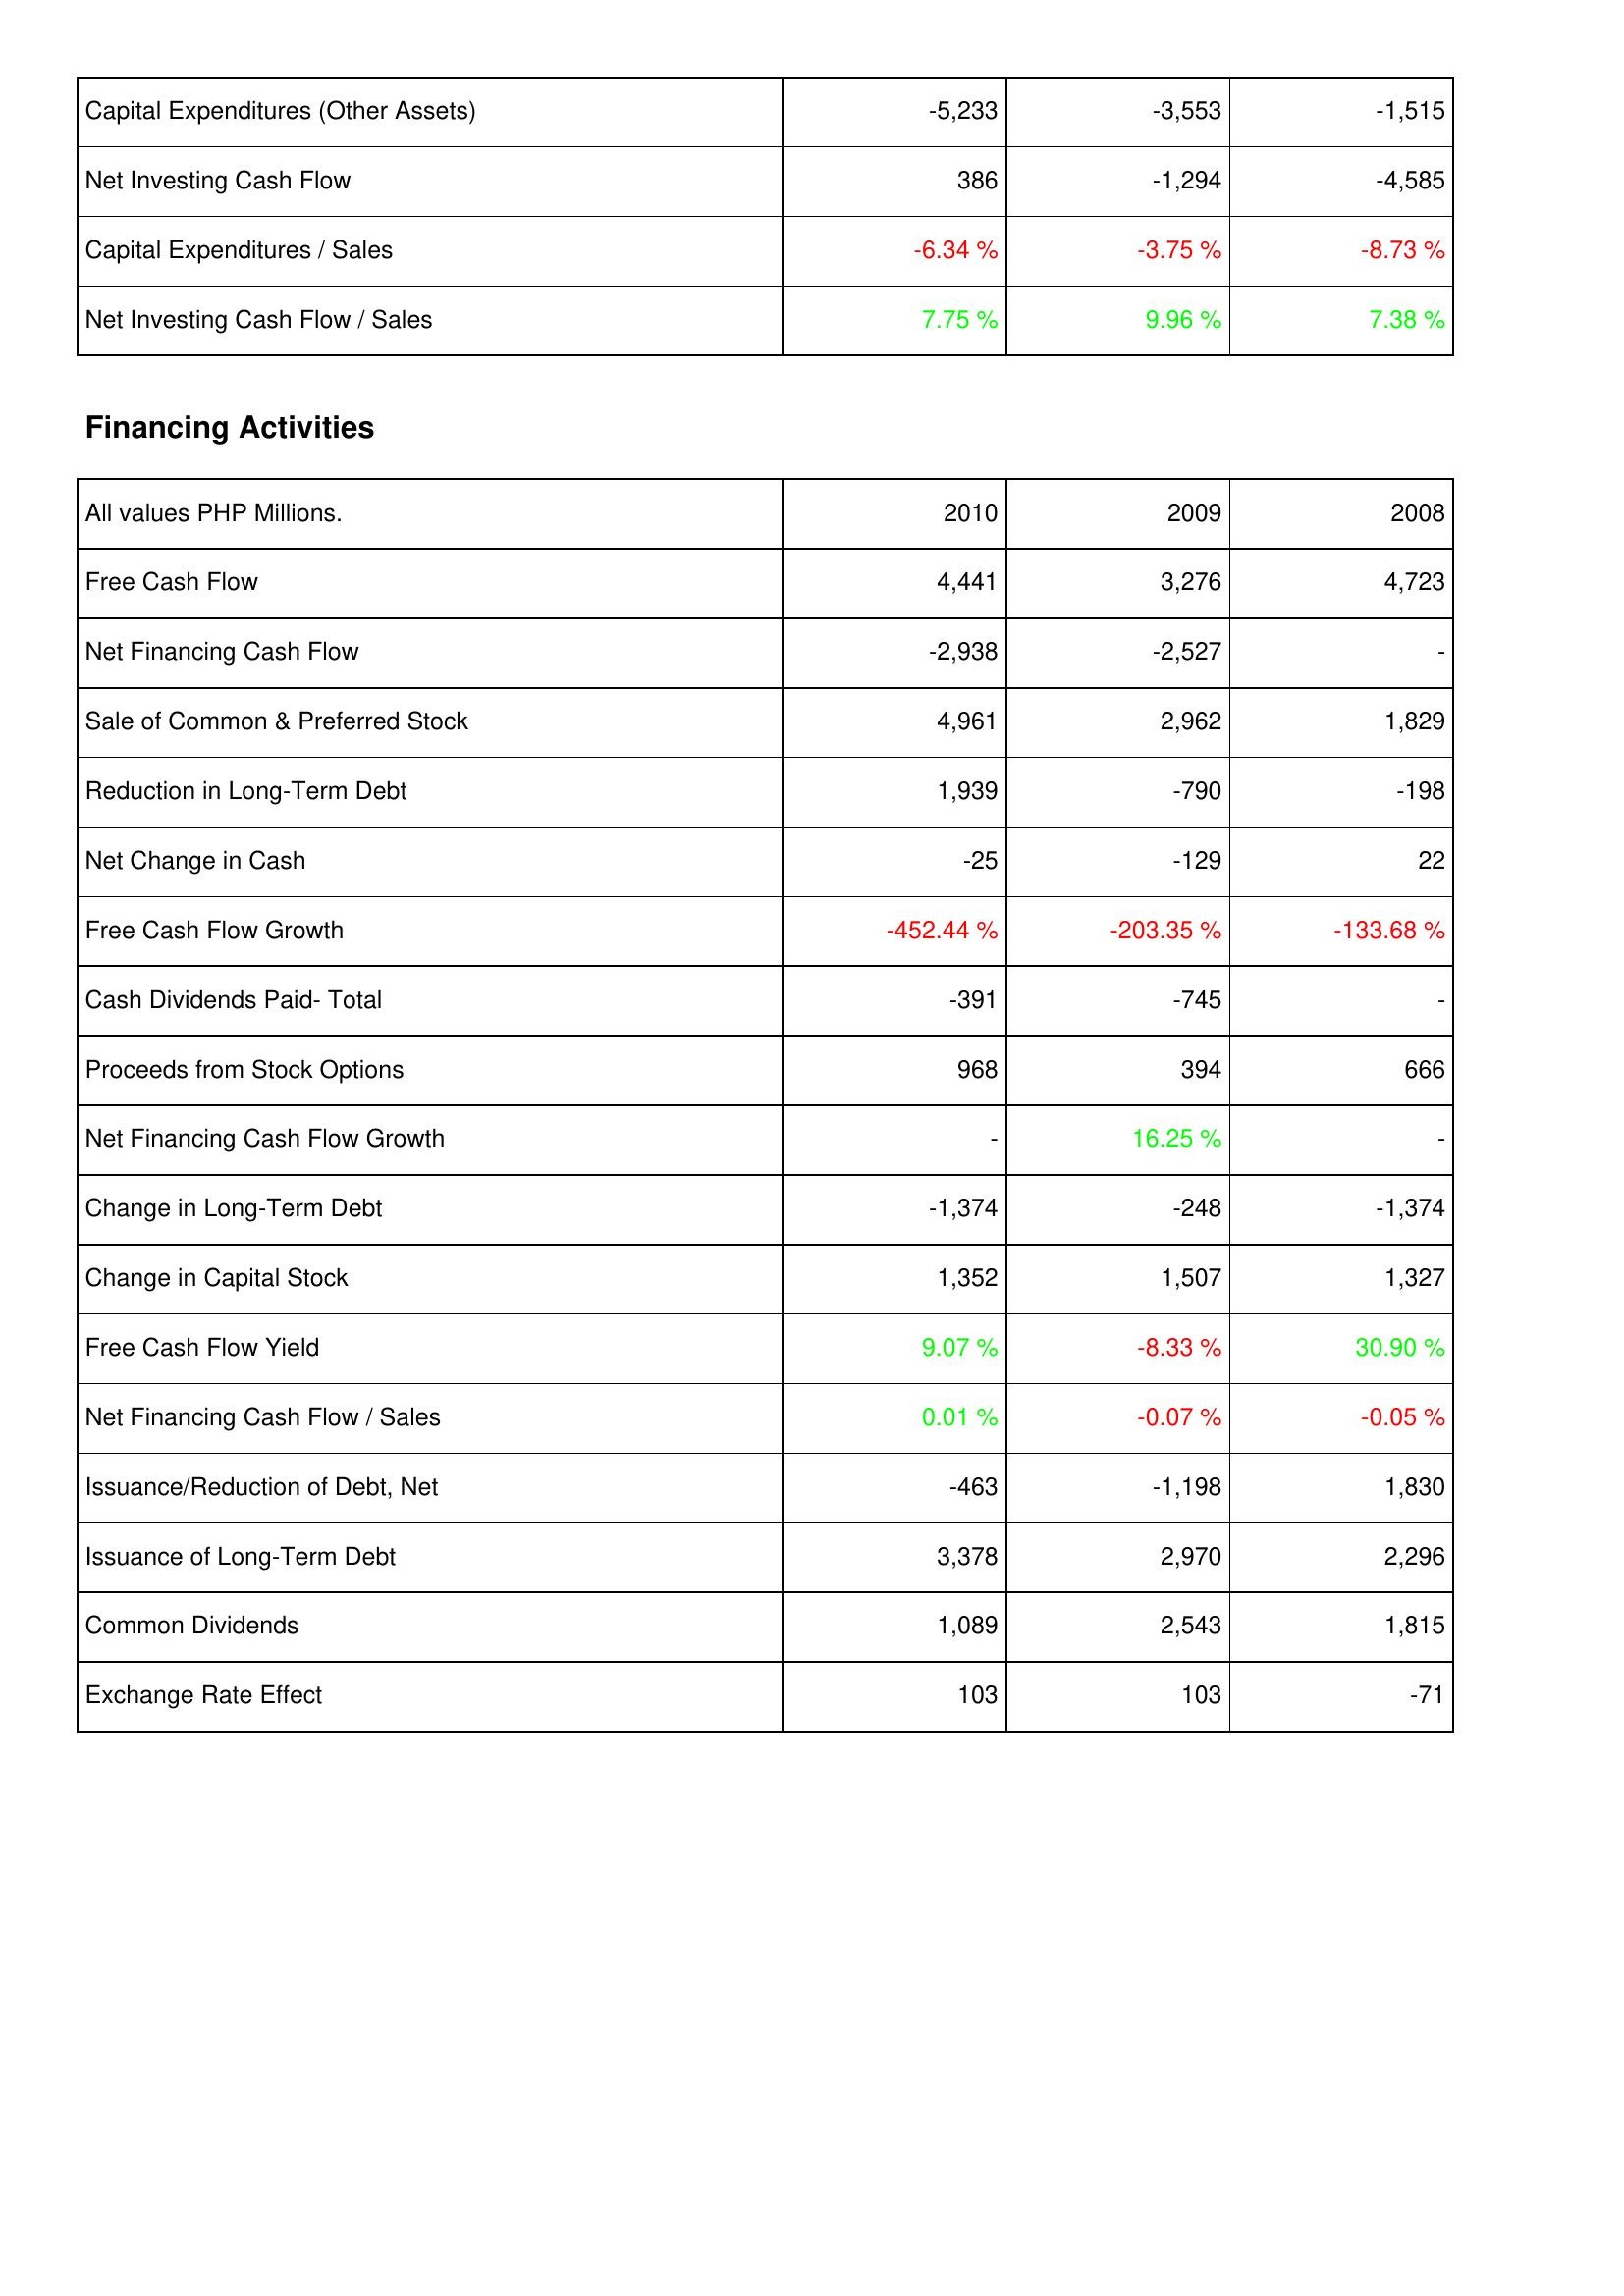
2010: Investing Activities: Capital Expenditures (Other Assets): -5,233
Net Investing Cash Flow: 386
Capital Expenditures / Sales: -6.34 %
Net Investing Cash Flow / Sales: 7.75 %
Financing Activities: Free Cash Flow: 4,441
Net Financing Cash Flow: -2,938
Sale of Common & Preferred Stock: 4,961
Reduction in Long-Term Debt: 1,939
Net Change in Cash: -25
Free Cash Flow Growth: -452.44 %
Cash Dividends Paid- Total: -391
Proceeds from Stock Options: 968
Net Financing Cash Flow Growth: -
Change in Long-Term Debt: -1,374
Change in Capital Stock: 1,352
Free Cash Flow Yield: 9.07 %
Net Financing Cash Flow / Sales: 0.01 %
Issuance/Reduction of Debt, Net: -463
Issuance of Long-Term Debt: 3,378
Common Dividends: 1,089
Exchange Rate Effect: 103
2009: Investing Activities: Capital Expenditures (Other Assets): -3,553
Net Investing Cash Flow: -1,294
Capital Expenditures / Sales: -3.75 %
Net Investing Cash Flow / Sales: 9.96 %
Financing Activities: Free Cash Flow: 3,276
Net Financing Cash Flow: -2,527
Sale of Common & Preferred Stock: 2,962
Reduction in Long-Term Debt: -790
Net Change in Cash: -129
Free Cash Flow Growth: -203.35 %
Cash Dividends Paid- Total: -745
Proceeds from Stock Options: 394
Net Financing Cash Flow Growth: 16.25 %
Change in Long-Term Debt: -248
Change in Capital Stock: 1,507
Free Cash Flow Yield: -8.33 %
Net Financing Cash Flow / Sales: -0.07 %
Issuance/Reduction of Debt, Net: -1,198
Issuance of Long-Term Debt: 2,970
Common Dividends: 2,543
Exchange Rate Effect: 103
2008: Investing Activities: Capital Expenditures (Other Assets): -1,515
Net Investing Cash Flow: -4,585
Capital Expenditures / Sales: -8.73 %
Net Investing Cash Flow / Sales: 7.38 %
Financing Activities: Free Cash Flow: 4,723
Net Financing Cash Flow: -
Sale of Common & Preferred Stock: 1,829
Reduction in Long-Term Debt: -198
Net Change in Cash: 22
Free Cash Flow Growth: -133.68 %
Cash Dividends Paid- Total: -
Proceeds from Stock Options: 666
Net Financing Cash Flow Growth: -
Change in Long-Term Debt: -1,374
Change in Capital Stock: 1,327
Free Cash Flow Yield: 30.90 %
Net Financing Cash Flow / Sales: -0.05 %
Issuance/Reduction of Debt, Net: 1,830
Issuance of Long-Term Debt: 2,296
Common Dividends: 1,815
Exchange Rate Effect: -71